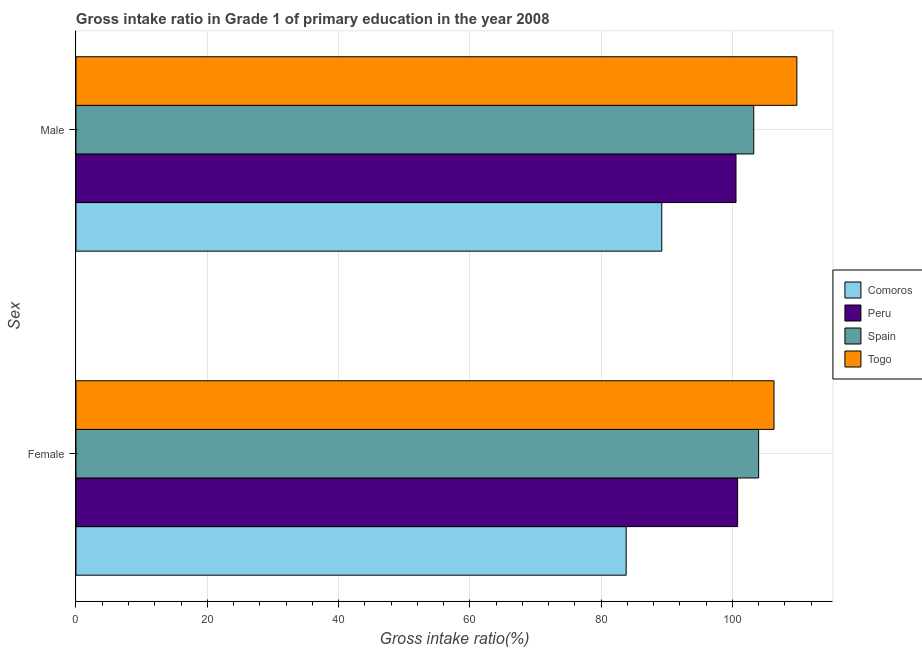
| Sex | Comoros | Peru | Spain | Togo |
 | --- | --- | --- | --- | --- |
 | Female | 83.8 | 101 | 104 | 106 |
 | Male | 89.2 | 101 | 103 | 110 |